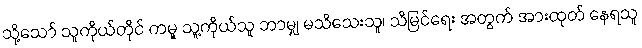
သို့သော် သူကိုယ်တိုင် ကမူ သူ့ကိုယ်သူ ဘာမျှ မသိသေးသူ၊ သိမြင်ရေး အတွက် အားထုတ် နေရသူ